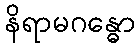
နိရာမဂန္ဓော